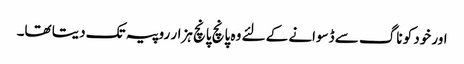
اور خود کو ناگ سے ڈسوانے کے لئے وہ پانچ پانچ ہزار روپیہ تک دیتا تھا۔